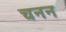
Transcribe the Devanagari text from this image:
चनन